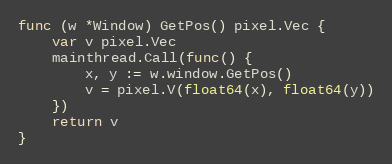
Language: Go
func (w *Window) GetPos() pixel.Vec {
	var v pixel.Vec
	mainthread.Call(func() {
		x, y := w.window.GetPos()
		v = pixel.V(float64(x), float64(y))
	})
	return v
}